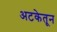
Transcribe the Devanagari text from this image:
अटकेतून